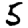
Digit: 5